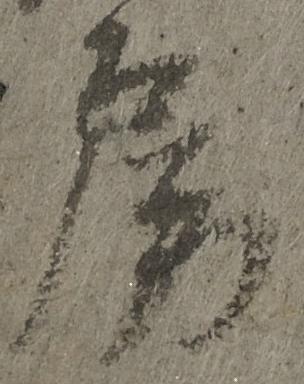
房